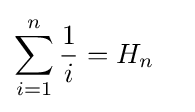
\sum _{i=1}^{n}{\frac {1}{i}}=H_{n}\quad